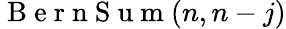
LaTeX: \mathrm{~B~e~r~n~S~u~m~}(n,n-j)